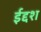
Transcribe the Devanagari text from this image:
ईद्दश